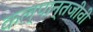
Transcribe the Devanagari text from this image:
कल्पान्तजीवी